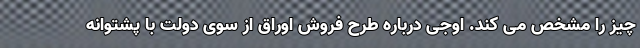
چیز را مشخص می کند. اوجی درباره طرح فروش اوراق از سوی دولت با پشتوانه